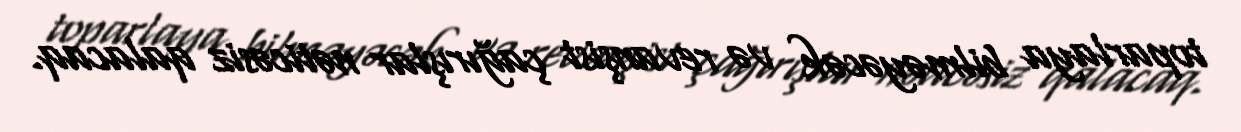
toparlaya bilməyəcək və revanşist çağırışlar nəticəsiz qalacaq.